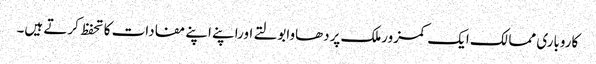
کاروباری ممالک ایک کمزورملک پردھاوابولتے اوراپنے اپنے مفادات کا تحفظ کرتے ہیں۔